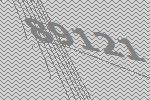
89121